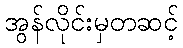
အွန်လိုင်းမှတဆင့်